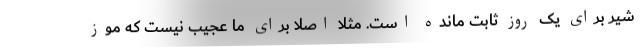
شیر برای یک روز ثابت مانده است. مثلا اصلا برای ما عجیب نیست که موز